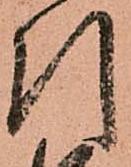
引